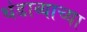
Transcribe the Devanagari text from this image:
थंडाव्याच्या